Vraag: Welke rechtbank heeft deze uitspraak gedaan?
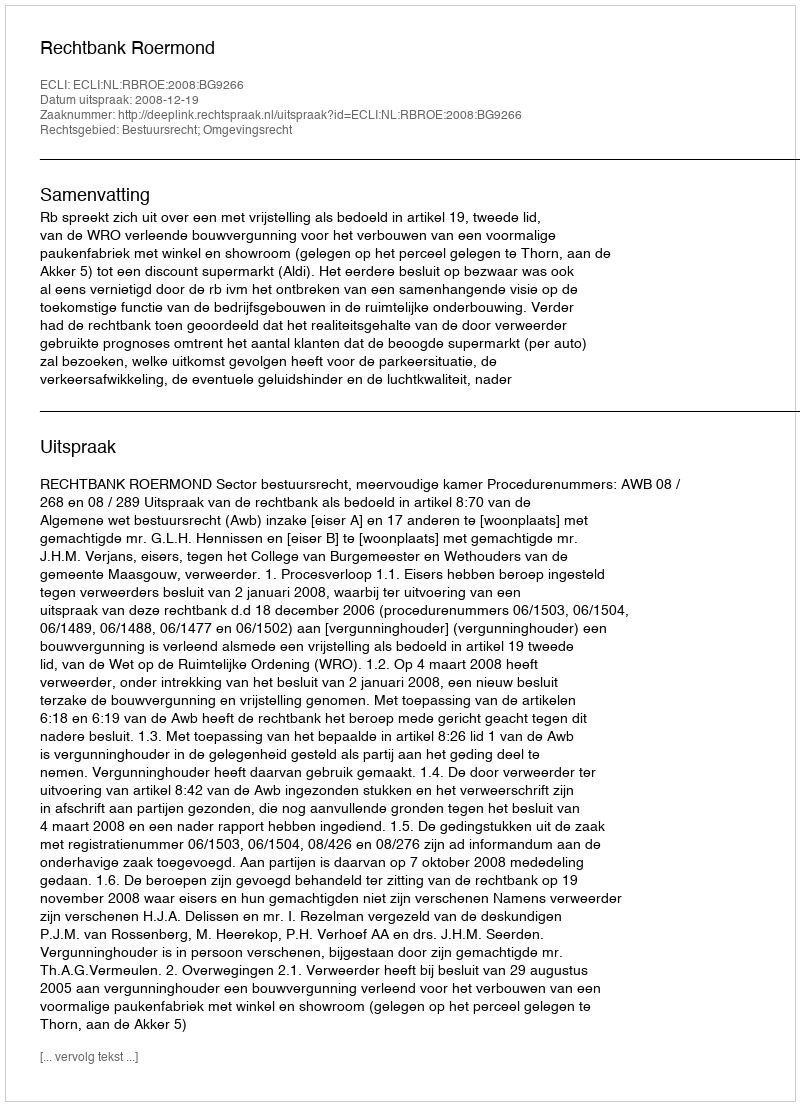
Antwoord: Rechtbank Roermond